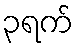
၃ရက်